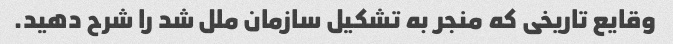
وقایع تاریخی که منجر به تشکیل سازمان ملل شد را شرح دهید.